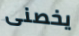
يخصنى